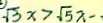
\sqrt { 3 } x > \sqrt { 5 } x -